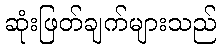
ဆုံးဖြတ်ချက်များသည်